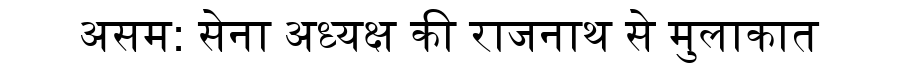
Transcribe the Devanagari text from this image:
असम: सेना अध्यक्ष की राजनाथ से मुलाकात